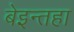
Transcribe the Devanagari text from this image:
बेइन्तहा